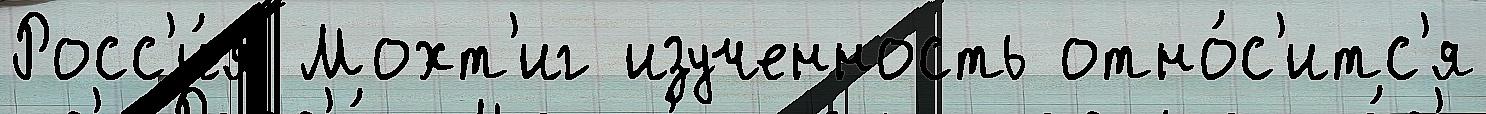
Росс'и́я Мохт'иг изученность отно́с'итс'я